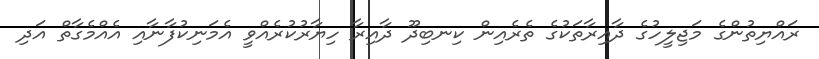
ރައްޔިތުންގެ މަޖިލީހުގެ ދާއިރާތަކުގެ ތެރެއިން ކިނބިދޫ ދާއިރާ ހިޔާރުކުރެއްވީ އެމަނިކުފާނާއި އެއްމެގާތް އަދި